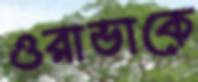
ওরাভাকে